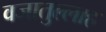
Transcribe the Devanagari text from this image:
वजातुल्लाह